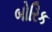
બોરિક